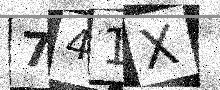
Text: 741X